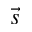
\vec { s }